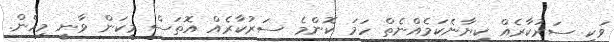
ވަކި ސަރުކާރެއް ކިޔާނެކަމެއްނެތް ހަމަ ކޮންމެ ސަރުކާރެއް އޮތަސް މިކަން ވާނީ މިހެން.